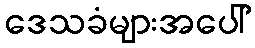
ဒေသခံများအပေါ်